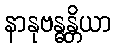
နာနုဗန္ဓန္တိယာ